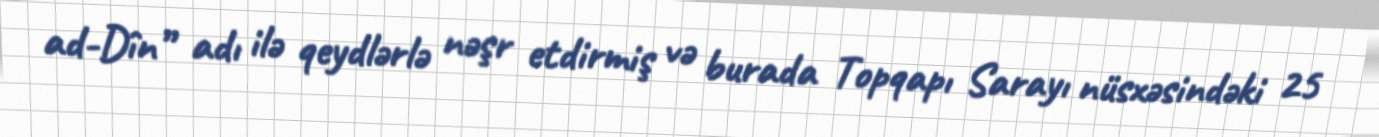
ad-Dîn” adı ilə qeydlərlə nəşr etdirmiş və burada Topqapı Sarayı nüsxəsindəki 25